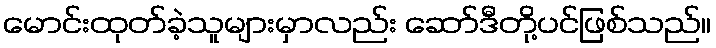
မောင်းထုတ်ခဲ့သူများမှာလည်း ဆော်ဒီတို့ပင်ဖြစ်သည်။